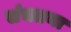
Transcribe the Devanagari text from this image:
संचतना